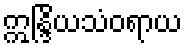
ဣန္ဒြိယသံဝရာယ